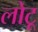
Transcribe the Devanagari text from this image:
लोटू